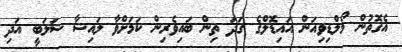
އެގޮތުން މޯލްޑިވިއަން އައިޑޮލްގެ ގަދަ ތިން ބައިވެރިން ކަމަށްވާ ލައިޝާ ޝަލަބީ އަދި